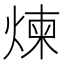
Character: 煉